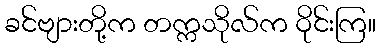
ခင်ဗျားတို့က တက္ကသိုလ်က ဝိုင်းကြ။